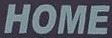
HOME